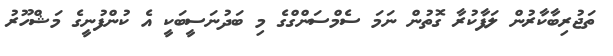
ތަޖުރިބާކާރުން ލަފާކުރާ ގޮތުން ނަމަ ސެމްސަންގްގެ މި ބަދުނަސީބަކީ އެ ކުންފުނީގެ މަޝްހޫރު